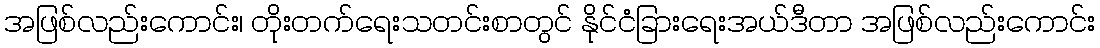
အဖြစ်လည်းကောင်း၊ တိုးတက်ရေးသတင်းစာတွင် နိုင်ငံခြားရေးအယ်ဒီတာ အဖြစ်လည်းကောင်း